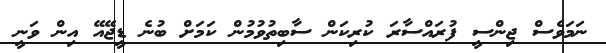
ނަމަވެސް ޖިންސީ ފުރައްސާރަ ކުރިކަން ސާބިތުވުމުން ކަމަށް ބުނެ ޑީޖޭއޭ އިން ވަނީ